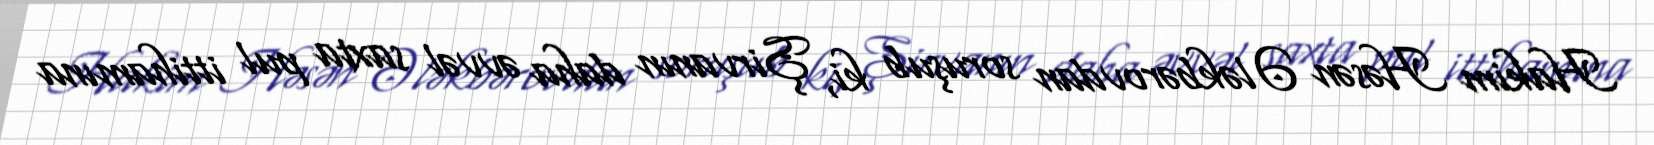
Hakim Həsən Ələkbərovdan soruşub ki, Şirvanın daha əvvəl saxta pul ittihamına